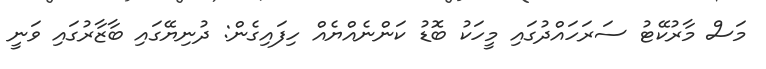
މަސް މާރުކޭޓު ސަރަހައްދުގައި މީހަކު ބޮޑު ކަންނެއްޔެއް ހިފައިގެން: ދުނިޔޭގައި ބާޒާރުގައި ވަނީ